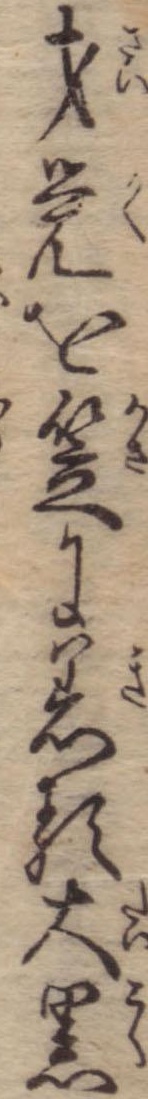
才覚を笠に着る大黒